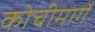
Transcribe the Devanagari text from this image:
कोचीमार्गे